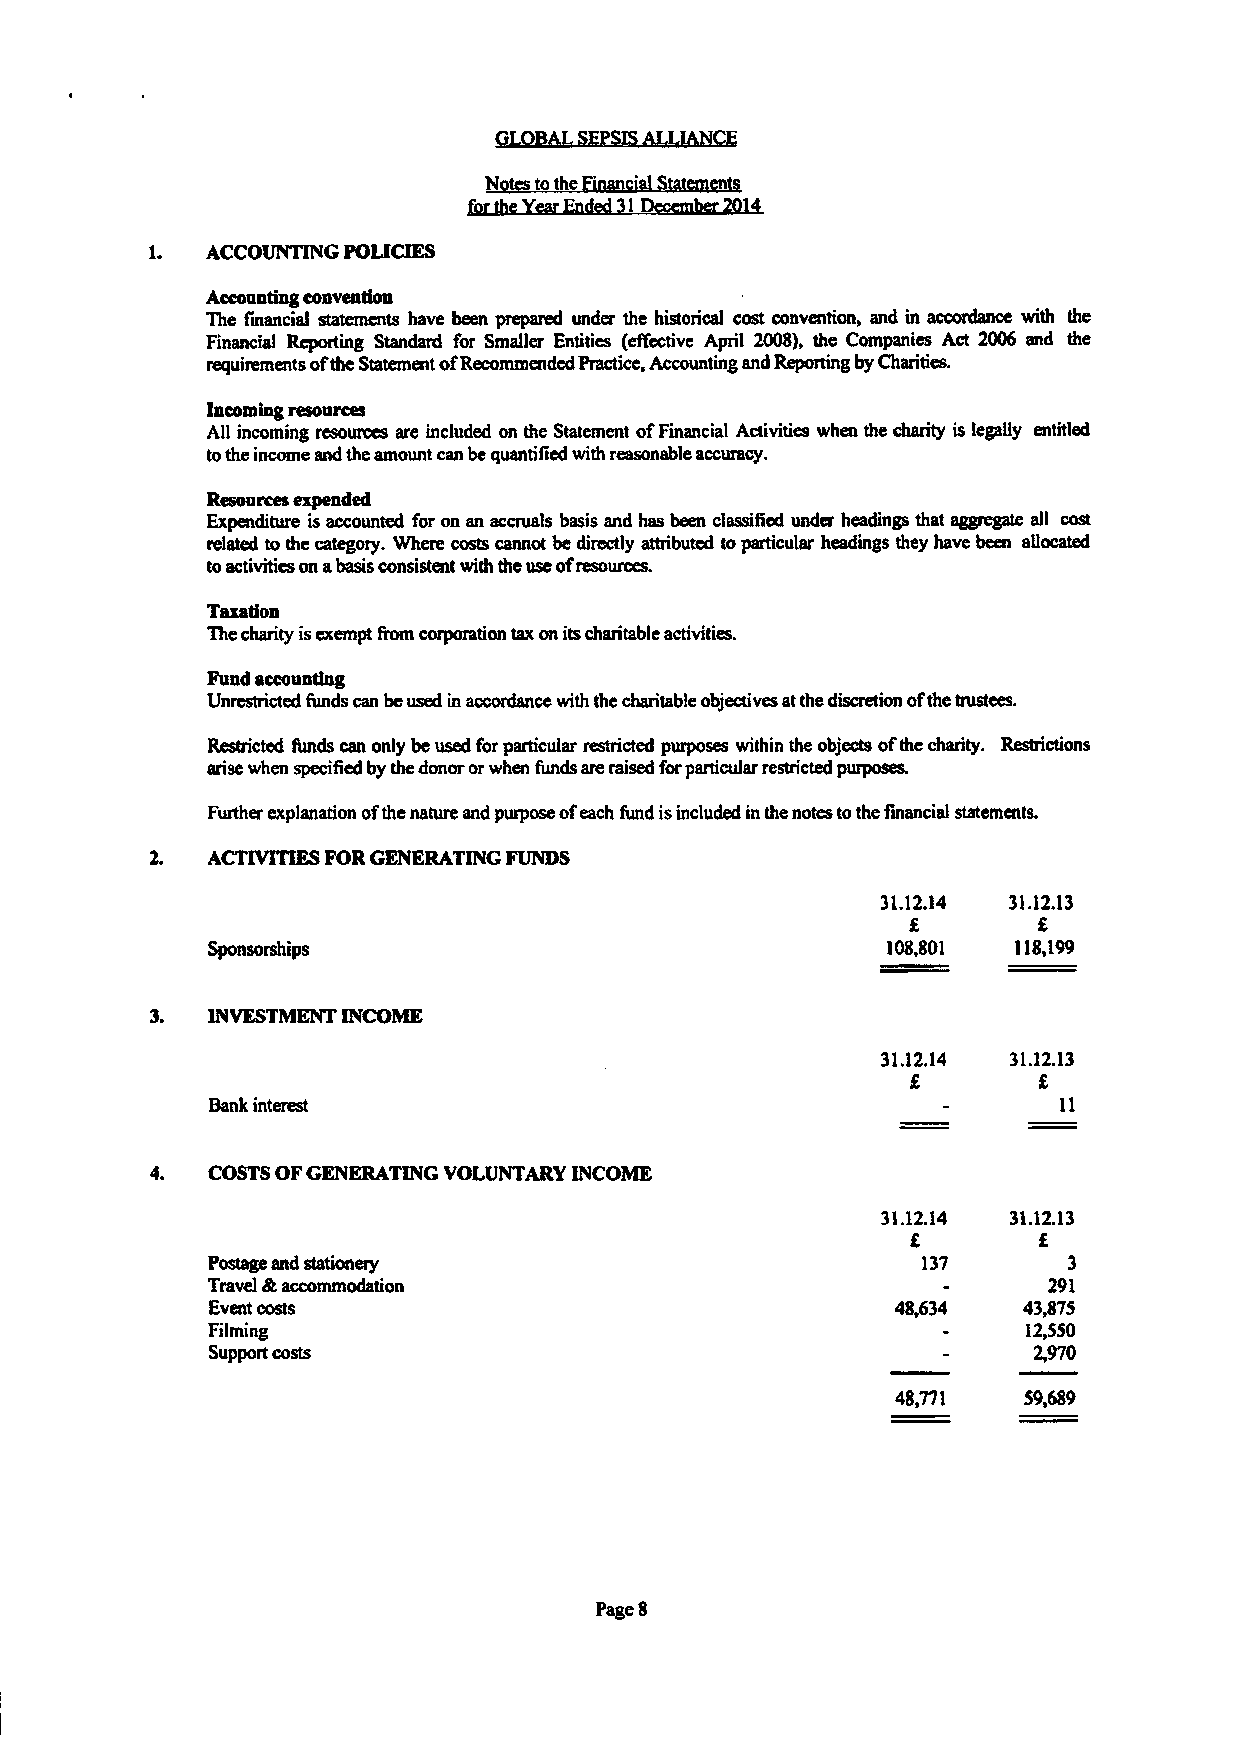
GLOBAL SEPSIS ALLIANCE
 Notes to the Financial Statements
 for the Year Ended 31 December 2014
 ACCOUNTING POLICIES
 Accounting convention
 The financial statements have been prepared under the historical cost convention, and in accordance with the
 Financial Reporting Standard for Smaller Entities (effective April 2008), the Companies Act 2006 and the
 requirements ofthe Statement of Recommended Practice, Accounting and Reporting by Charities.
 Incoming resources
 All incoming resources are included on the Statement of Financial Activities when the charity is legally entitled
 to the income and the amount can be quantified with reasonable accuracy.
 Resources expended
 Expenditure is accounted for on an accruals basis and has been classified under headings that aggregate all cost
 related to die category. Where costs cannot be directly attributed to particular headings they have been allocated
 to activities on a basis consistent with the use of resources.
 Taxation
 The charity is exempt from corporation tax on its charitable activities.
 Fund accounting
 Unrestricted funds can be used in accordance with the charitable objectives at the discretion of the trustees.
 Restricted funds can only be used for particular restricted purposes within the objects of the charity. Restrictions
 arise when specified by the donor or when funds are raised for particular restricted purposes.
 Further explanation of the nature and purpose of each fund is included in the notes to the financial statements.
 ACTIVITIES FOR GENERATING FUNDS
 31.12.14 31.12.13
 £        £
 Sponsorships                                 108,801 118,199
 INVESTMENT INCOME
 31.12.14 31.12.13
 £        £
 Bank interest                                    -      11
 COSTS OF GENERATING VOLUNTARY INCOME
 31.12.14 31.12.13
 £        £
 Postage and stationery                          137      3
 Travel & accommodation                           -     291
 Event costs                                   48,634  43,873
 Filming                                         -     12,550
 Support costs                                    -     2,970
 48,771   59,689
 Page 8